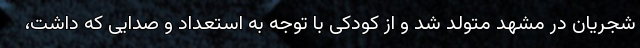
شجریان در مشهد متولد شد و از کودکی با توجه به استعداد و صدایی که داشت،